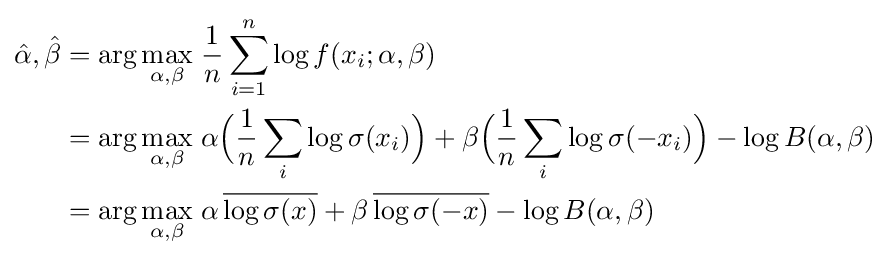
{\begin{aligned}{\hat {\alpha }},{\hat {\beta }}=\arg \max _{\alpha ,\beta }&\;{\frac {1}{n}}\sum _{i=1}^{n}\log f(x_{i};\alpha ,\beta )\\=\arg \max _{\alpha ,\beta }&\;\alpha {\Bigl (}{\frac {1}{n}}\sum _{i}\log \sigma (x_{i}){\Bigr )}+\beta {\Bigl (}{\frac {1}{n}}\sum _{i}\log \sigma (-x_{i}){\Bigr )}-\log B(\alpha ,\beta )\\=\arg \max _{\alpha ,\beta }&\;\alpha \,{\overline {\log \sigma (x)}}+\beta \,{\overline {\log \sigma (-x)}}-\log B(\alpha ,\beta )\end{aligned}}